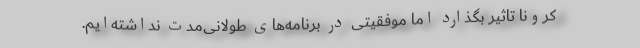
کرونا تاثیر بگذارد اما موفقیتی در برنامه‌های طولانی‌مدت نداشته‌ایم.